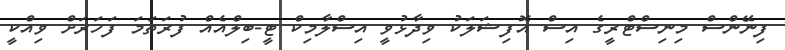
ފިނޭންސް މިނިސްޓްރީގެ އިސް އޮފިޝަލަކު ވިދާޅުވީ އިސްލާމިކް ޓީ-ބިލްއެއް ފުރަތަމަ ފަހަރަށް ވިއްކީ